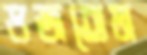
ভজতেম